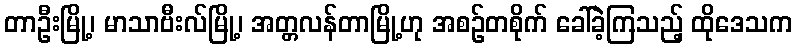
တာဦးမြို့၊ မာသာဗီးလ်မြို့၊ အတ္တလန်တာမြို့ဟု အစဉ်တစိုက် ခေါ်ခဲ့ကြသည့် ထိုဒေသက